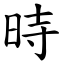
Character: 時